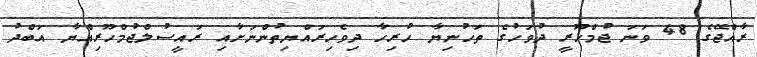
ރާއްޖޭގެ 48 ވަނަ ޖުމްހޫރީ ދުވަހުގެ ތަހުނިޔާ ހުރިހާ ދިވެހިރައްޔިތުންނަށާއި ރައީސުލްޖުމްހޫރިއްޔާ އަބްދު